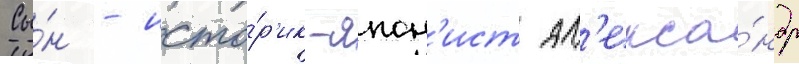
Сы́н - исто́р'ик-япон'ист ал'екса́ндр